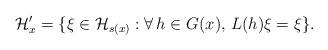
LaTeX: \begin{gather*}{\mathcal H}'_x=\{\xi\in {\mathcal H}_{s(x)}: \forall\, h\in G(x), \, L(h)\xi=\xi\}.\end{gather*}